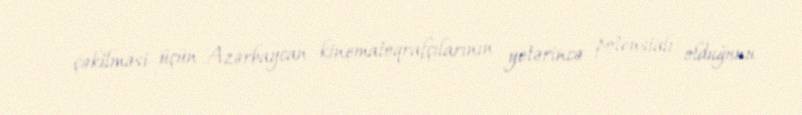
çəkilməsi üçün Azərbaycan kinematoqrafçılarının yetərincə potensialı olduğunu